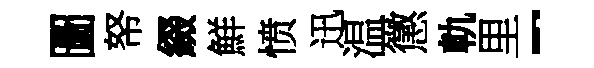
圖帑綴鮮愤迅温懲軌里-